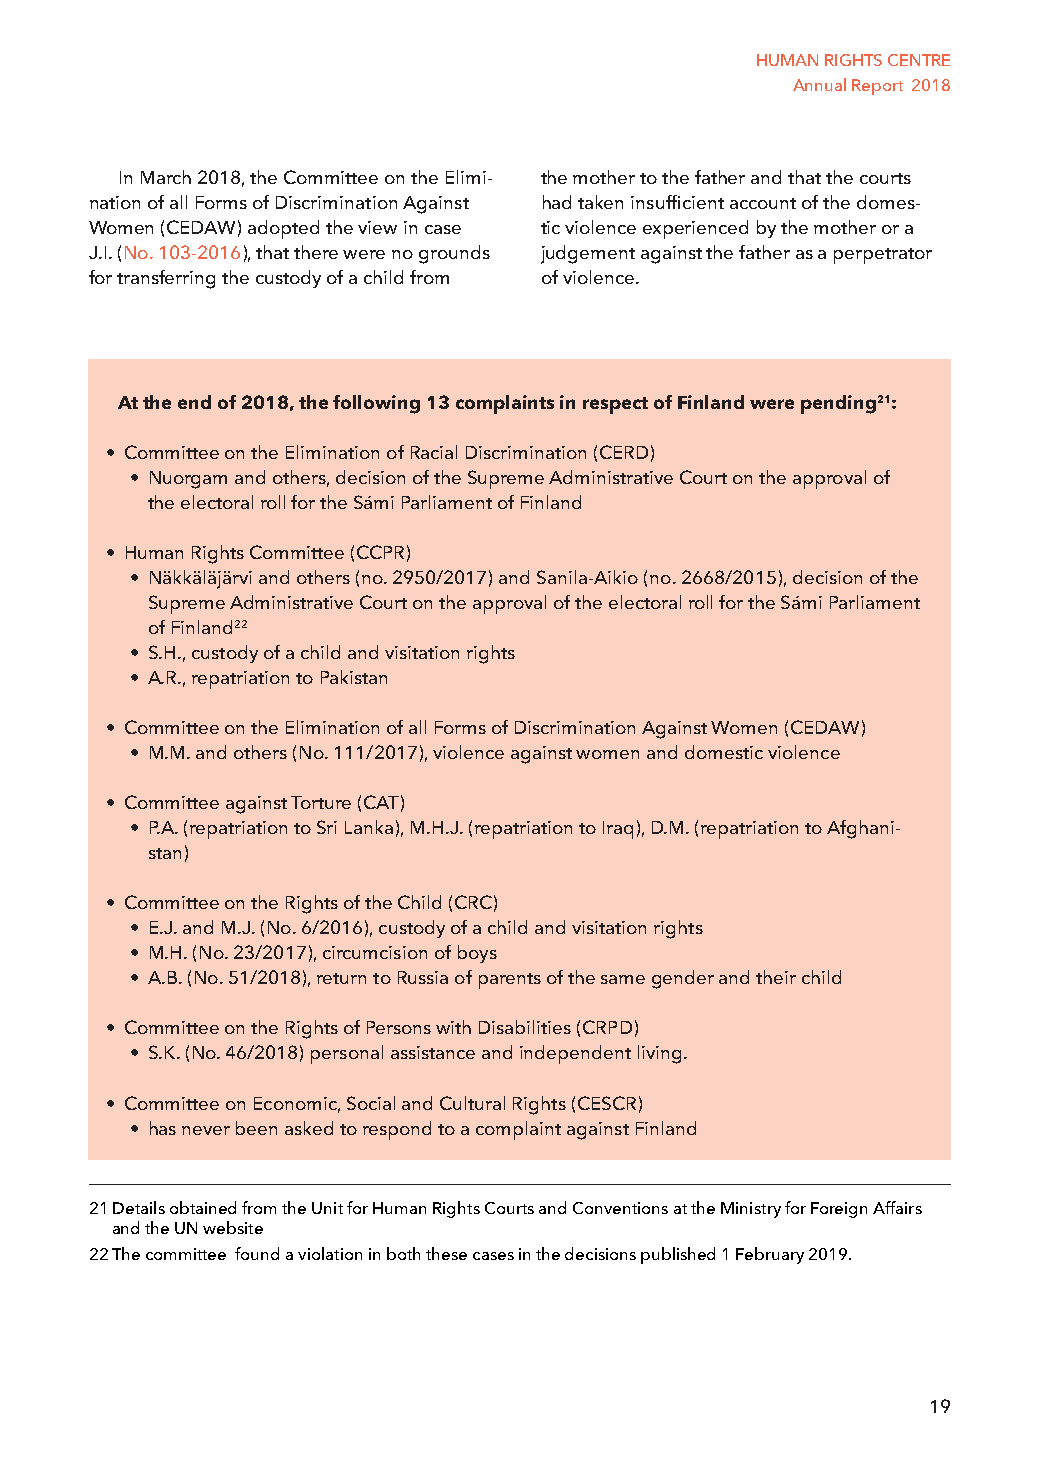
HUMAN RIGHTS CENTRE
 Annual Report 2018
 In March 2018, the Committee on the Elimi- the mother to the father and that the courts
 nation of all Forms of Discrimination Against had taken insufficient account of the domes-
 Women (CEDAW) adopted the view in case tic violence experienced by the mother or a
 J.I. (No. 103-2016), that there were no grounds judgement against the father as a perpetrator
 for transferring the custody of a child from of violence.
 At the end of 2018, the following 13 complaints in respect of Finland were pending21:
 • Committee on the Elimination of Racial Discrimination (CERD)
 • Nuorgam and others, decision of the Supreme Administrative Court on the approval of
 the electoral roll for the Sámi Parliament of Finland
 • Human Rights Committee (CCPR)
 • Näkkäläjärvi and others (no. 2950/2017) and Sanila-Aikio (no. 2668/2015), decision of the
 Supreme Administrative Court on the approval of the electoral roll for the Sámi Parliament
 of Finland22
 • S.H., custody of a child and visitation rights
 • A.R., repatriation to Pakistan
 • Committee on the Elimination of all Forms of Discrimination Against Women (CEDAW)
 • M.M. and others (No. 111/2017), violence against women and domestic violence
 • Committee against Torture (CAT)
 • P.A. (repatriation to Sri Lanka), M.H.J. (repatriation to Iraq), D.M. (repatriation to Afghani-
 stan)
 • Committee on the Rights of the Child (CRC)
 • E.J. and M.J. (No. 6/2016), custody of a child and visitation rights
 • M.H. (No. 23/2017), circumcision of boys
 • A.B. (No. 51/2018), return to Russia of parents of the same gender and their child
 • Committee on the Rights of Persons with Disabilities (CRPD)
 • S.K. (No. 46/2018) personal assistance and independent living.
 • Committee on Economic, Social and Cultural Rights (CESCR)
 • has never been asked to respond to a complaint against Finland
 21 Details obtained from the Unit for Human Rights Courts and Conventions at the Ministry for Foreign Affairs
 and the UN website
 22 The committee found a violation in both these cases in the decisions published 1 February 2019.
 19